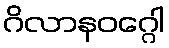
ဂိလာနဝဂ္ဂေါ